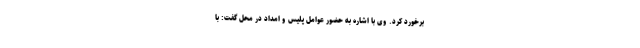
برخورد کرد. وی با اشاره به حضور عوامل پلیس و امداد در محل گفت: با